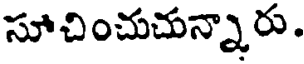
సూచించుచున్నారు.